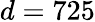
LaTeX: d=725